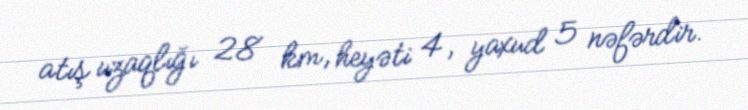
atış uzaqlığı 28 km, heyəti 4, yaxud 5 nəfərdir.